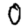
Digit: 0